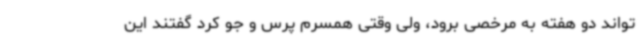
تواند دو هفته به مرخصی برود، ولی وقتی همسرم پرس و جو کرد گفتند این